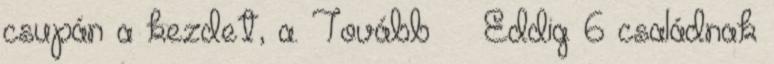
csupán a kezdet, a. Tovább › ›Eddig 6 családnak